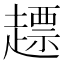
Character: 𧽤